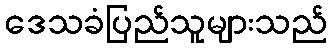
ဒေသခံပြည်သူများသည်